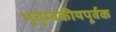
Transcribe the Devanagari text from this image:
भूचुम्बकीयपूर्वक